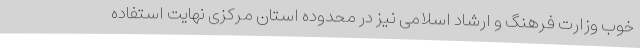
خوب وزارت فرهنگ و ارشاد اسلامی نیز در محدوده استان مرکزی نهایت استفاده